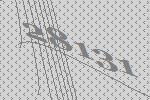
28131